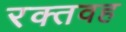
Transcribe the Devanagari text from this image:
रक्तवह